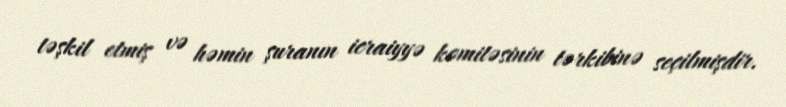
təşkil etmiş və həmin şuranın icraiyyə komitəsinin tərkibinə seçilmişdir.